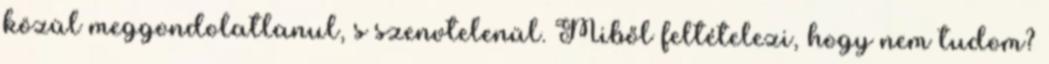
közül meggondolatlanul, s szenvtelenül. Miből feltételezi, hogy nem tudom?